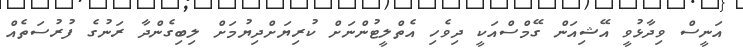
އަނީސް ވިދާޅުވީ އޭޝިއަން ގޭމްސްއަކީ ދިވެހި އެތްލީޓުންނަށް ކުރިޔަށްދިޔުމަށް ލިބިގެންދާ ރަނުގެ ފުރުސަތެއް